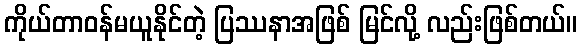
ကိုယ်တာဝန်မယူနိုင်တဲ့ ပြဿနာအဖြစ် မြင်လို့ လည်းဖြစ်တယ်။